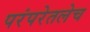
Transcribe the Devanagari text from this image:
परंपरेतलेच